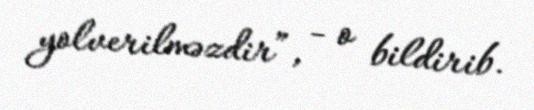
yolverilməzdir”, - o bildirib.